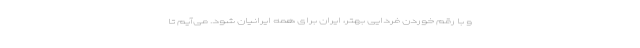
و با رقم خوردن فردایی بهتر، ایران برای همه ایرانیان شود. می‌آیم تا